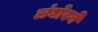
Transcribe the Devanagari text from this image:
लंघोरने